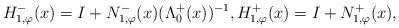
LaTeX: \begin{align*}H_{1,\varphi}^-(x)= I + N_{1,\varphi}^{-}(x) (\Lambda_{0}^{+}(x))^{-1},H_{1,\varphi}^+(x)= I + N_{1,\varphi}^{+}(x),\end{align*}